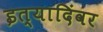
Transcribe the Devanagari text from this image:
इत्यादिंवर